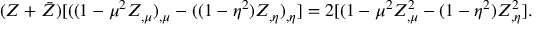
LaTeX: ( Z + \bar { Z } ) [ ( ( 1 - \mu ^ { 2 } Z _ { , \mu } ) _ { , \mu } - ( ( 1 - \eta ^ { 2 } ) Z _ { , \eta } ) _ { , \eta } ] = 2 [ ( 1 - \mu ^ { 2 } Z _ { , \mu } ^ { 2 } - ( 1 - \eta ^ { 2 } ) Z _ { , \eta } ^ { 2 } ] .